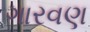
ગારવણ